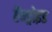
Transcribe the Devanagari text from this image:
ऍन्ड्रोइड